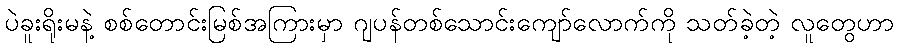
ပဲခူးရိုးမနဲ့ စစ်တောင်းမြစ်အကြားမှာ ဂျပန်တစ်သောင်းကျော်လောက်ကို သတ်ခဲ့တဲ့ လူတွေဟာ